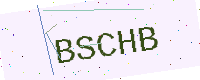
Text: BSCHB